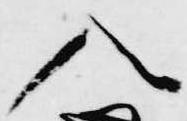
入